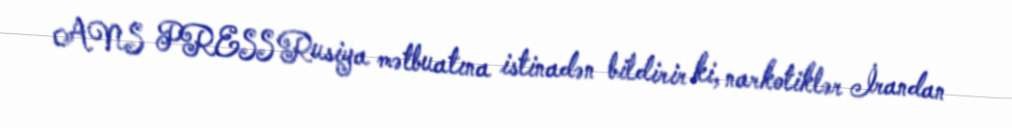
ANS PRESS Rusiya mətbuatına istinadən bildirir ki, narkotiklər İrandan